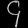
Digit: ၄